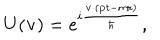
U ( { \bf v } ) = e ^ { i \frac { { \bf v } \cdot ( { \bf p } t - m { \bf r } ) } { \hbar } } ,